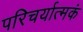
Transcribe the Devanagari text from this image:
परिचर्यात्मकं